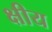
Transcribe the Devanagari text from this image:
क्षीय